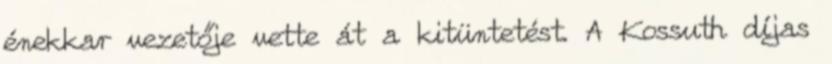
énekkar vezetője vette át a kitüntetést. A Kossuth díjas